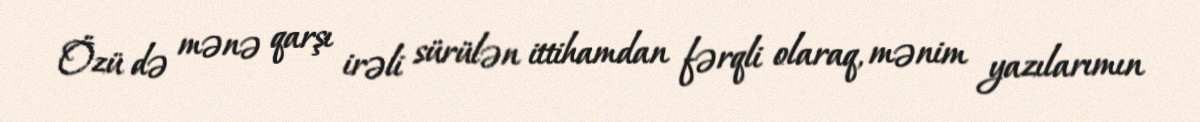
Özü də mənə qarşı irəli sürülən ittihamdan fərqli olaraq, mənim yazılarımın